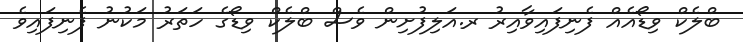
ބްލެކް ވިޑޯއެއް ފެނިފައިވާއިރު ރ.އަލިފުށިން ވެސް ބްލެކް ވިޑޯގެ ހަތަރު މަކުނު ފެނިފައިވެ